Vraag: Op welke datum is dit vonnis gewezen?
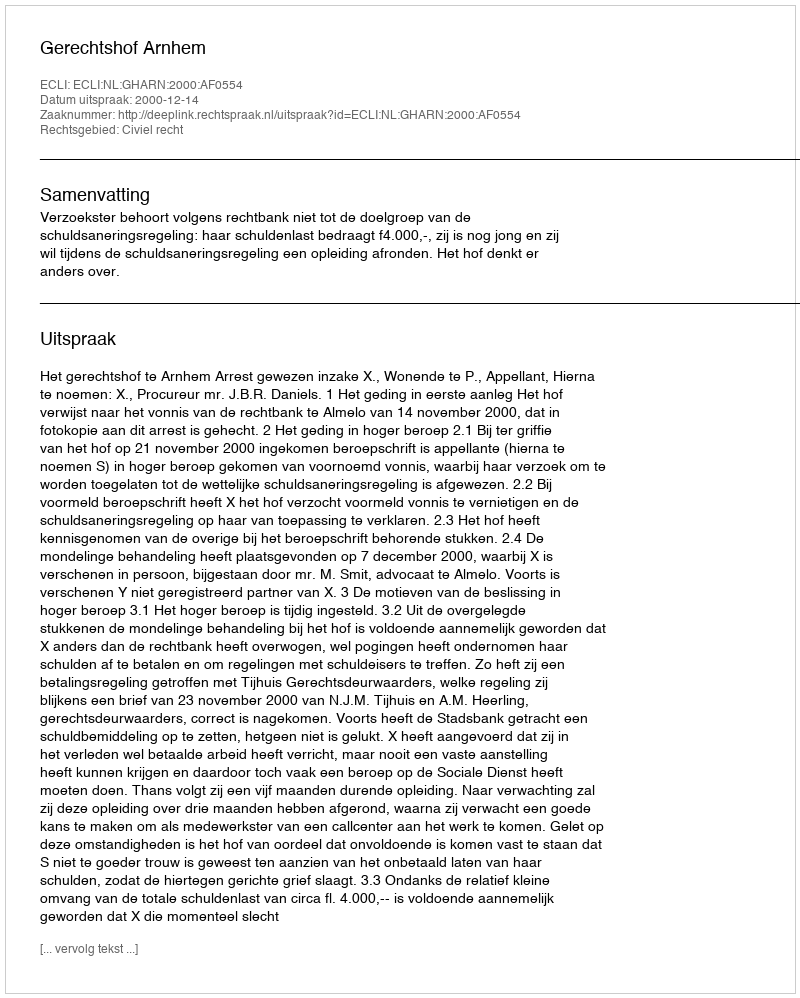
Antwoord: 2000-12-14